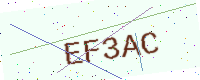
Text: EF3AC